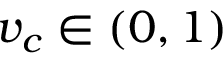
v _ { c } \in ( 0 , 1 )